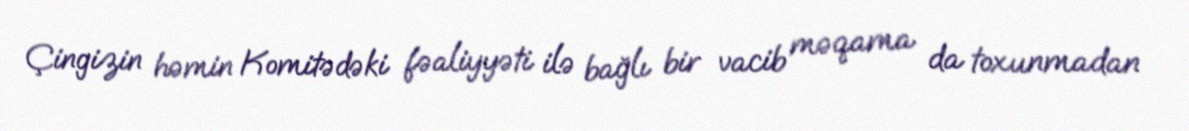
Çingizin həmin Komitədəki fəaliyyəti ilə bağlı bir vacib məqama da toxunmadan